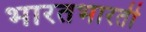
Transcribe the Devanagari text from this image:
भारतभारती